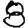
Digit: 8